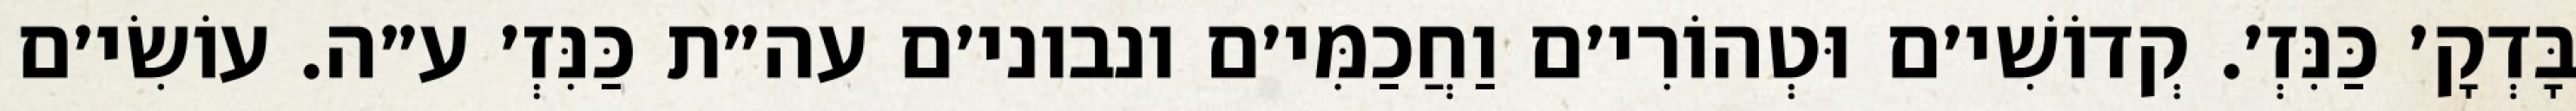
בָּדְקָ׳ כַּנִּזְ׳. קְדוֹשִׁי׳ם וּטְהוֹרִי׳ם וַחֲכַמִּי׳ם ונבוני׳ם עה״ת כַּנִּזְ׳ ע״ה. עוֹשִׂי׳ם